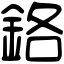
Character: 鉻